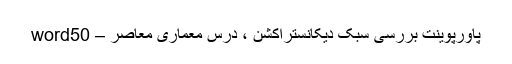
پاورپوینت بررسی سبک دیکانستراکشن ، درس معماری معاصر – word50